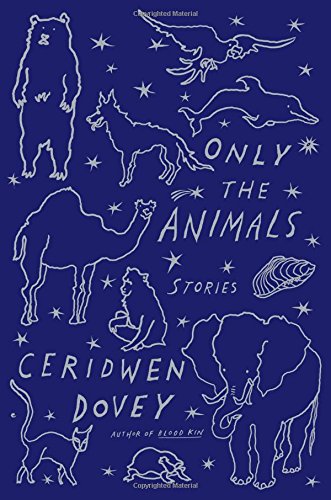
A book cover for Only the Animals: Stories; Ceridwen Dovey; Literature & Fiction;